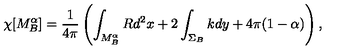
\chi [ M _ { B } ^ { \alpha } ] = { \frac { 1 } { 4 \pi } } \left( \int _ { M _ { B } ^ { \alpha } } R d ^ { 2 } x + 2 \int _ { \Sigma _ { B } } k d y + 4 \pi ( 1 - \alpha ) \right) ,